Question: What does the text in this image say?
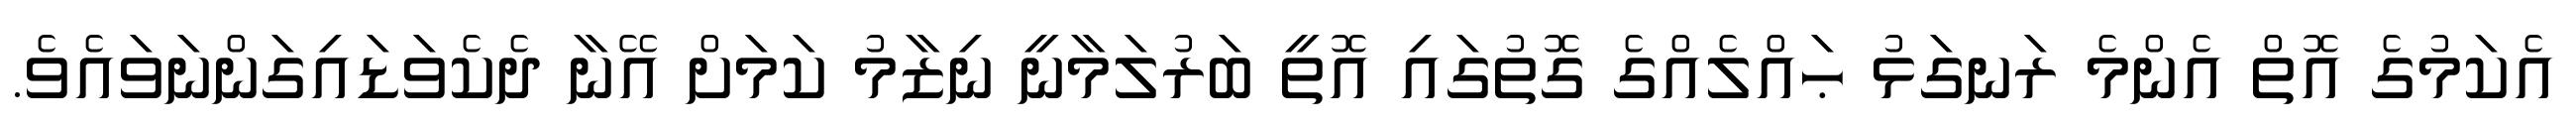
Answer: އެކަމުގެ އޮތް އެންމެ ރަނގަޅު ޙައްލެއްގެ ގޮތުގައި އޮތީ ބަރުލަމާނީ ނިޒާމު ކަމަށް އޭނާ ދެކެވަޑައިގަންނަވައެވެ.